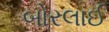
બોરલાઈ